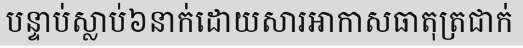
បន្ទាប់ស្លាប់៦នាក់ដោយសារអាកាសធាតុត្រជាក់